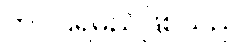
တင်ပြရမည်ဖြစ်သည်